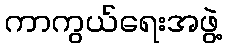
ကာကွယ်ရေးအဖွဲ့